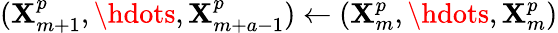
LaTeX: (\mathbf{X}_{m+1}^{p},\hdots,\mathbf{X}_{m+a-1}^{p})\gets(\mathbf{X}_{m}^{p},\hdots,\mathbf{X}_{m}^{p})